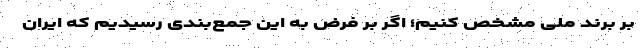
بر برند ملی مشخص کنیم؛ اگر بر فرض به این جمع‌بندی رسیدیم که ایران